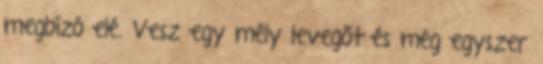
megbízó elé. Vesz egy mély levegőt és még egyszer